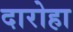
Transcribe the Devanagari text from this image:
दारोहा